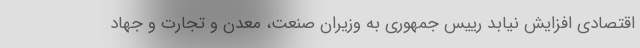
اقتصادی افزایش نیابد رییس جمهوری به وزیران صنعت، معدن و تجارت و جهاد